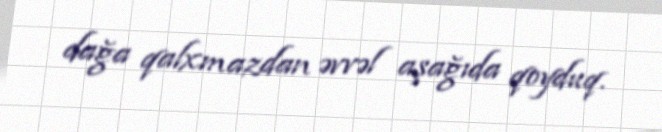
dağa qalxmazdan əvvəl aşağıda qoyduq.